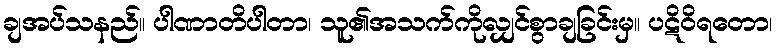
ချအပ်သနည်။ ပါဏာတိပါတာ၊ သူ၏အသက်ကိုလျှင်စွာချခြင်းမှ။ ပဋိဝိရတော၊